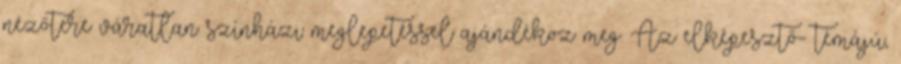
nézőtere váratlan színházi meglepetéssel ajándékoz meg. Az elképesztő- témájú,